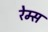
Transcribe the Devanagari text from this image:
रेम्स